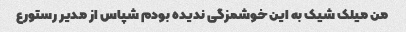
من میلک شیک به این خوشمزگی ندیده بودم شپاس از مدیر رستورع